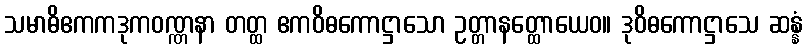
သမာဓိဧကကဒုကဝဏ္ဏနာ တတ္ထ ဧကဝိဓကောဋ္ဌာသော ဥတ္တာနတ္ထောယေဝ။ ဒုဝိဓကောဋ္ဌာသေ ဆန္နံ